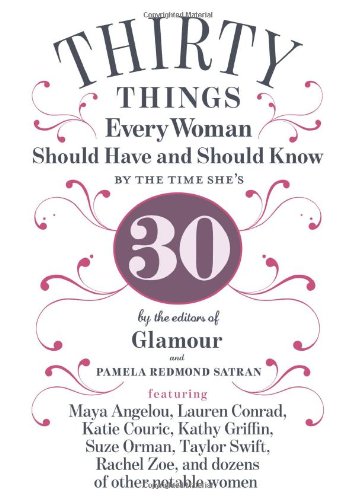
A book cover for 30 Things Every Woman Should Have and Should Know by the Time She's 30; Pamela Redmond Satran; Health, Fitness & Dieting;